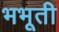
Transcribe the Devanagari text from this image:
भभूती